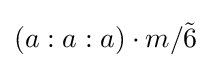
\left(a:a:a\right)\cdot m/{\tilde {6}}